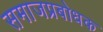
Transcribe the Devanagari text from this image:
समाजप्रबोधक